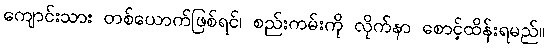
ကျောင်းသား တစ်ယောက်ဖြစ်ရင်၊ စည်းကမ်းကို လိုက်နာ စောင့်ထိန်းရမည်။